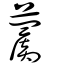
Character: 蘮